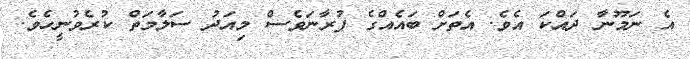
އެ ނަމޫނާ ދައްކަ އެވެ. އެތަށް ބައެއްގެ ފުރާނަވެސް މިއަދު ސަލާމަތް ކުރެވުނީހެވެ.